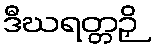
ဒီဃရတ္တဉှိ